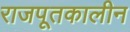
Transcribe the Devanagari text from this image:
राजपूतकालीन